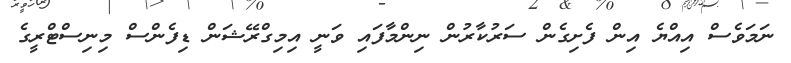
ނަމަވެސް އިއްޔެ އިން ފެށިގެން ސަރުކާރުން ނިންމާފައި ވަނީ އިމިގްރޭޝަން ޑިފެންސް މިނިސްޓްރީގެ